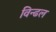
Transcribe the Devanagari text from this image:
विन्ढल